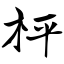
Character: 枰